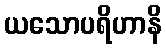
ယသောပရိဟာနိ